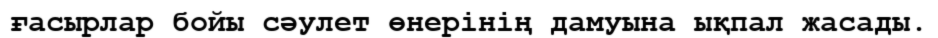
ғасырлар бойы сәулет өнерінің дамуына ықпал жасады.